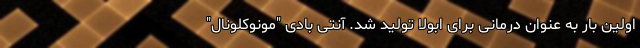
اولین بار به عنوان درمانی برای ابولا تولید شد. آنتی بادی "مونوکلونال"